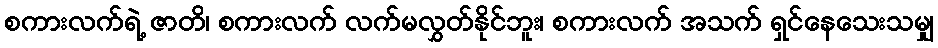
စကားလက်ရဲ့ ဇာတိ၊ စကားလက် လက်မလွှတ်နိုင်ဘူး၊ စကားလက် အသက် ရှင်နေသေးသမျှ